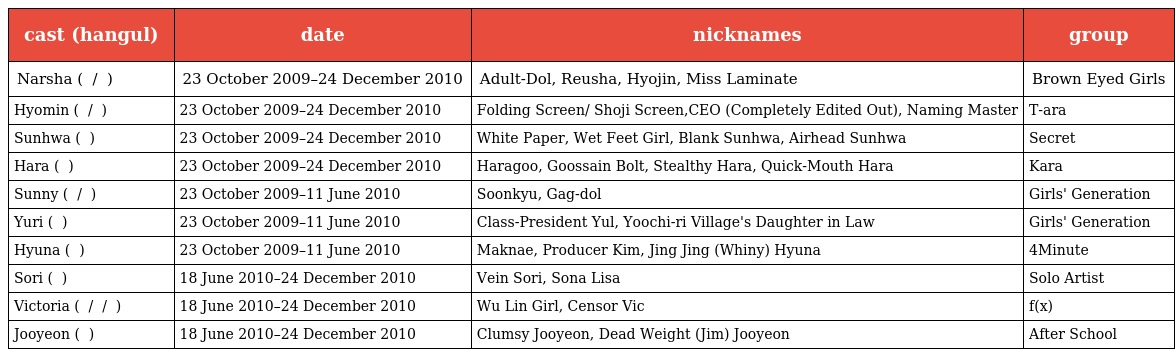
| cast (hangul) | date | nicknames | group |
 | --- | --- | --- | --- |
 | Narsha ( 나르샤 / 박효진 ) | 23 October 2009–24 December 2010 | Adult-Dol, Reusha, Hyojin, Miss Laminate | Brown Eyed Girls |
 | Hyomin ( 효민 / 박선영 ) | 23 October 2009–24 December 2010 | Folding Screen/ Shoji Screen,CEO (Completely Edited Out), Naming Master | T-ara |
 | Sunhwa ( 한선화 ) | 23 October 2009–24 December 2010 | White Paper, Wet Feet Girl, Blank Sunhwa, Airhead Sunhwa | Secret |
 | Hara ( 구하라 ) | 23 October 2009–24 December 2010 | Haragoo, Goossain Bolt, Stealthy Hara, Quick-Mouth Hara | Kara |
 | Sunny ( 써니 / 이순규 ) | 23 October 2009–11 June 2010 | Soonkyu, Gag-dol | Girls' Generation |
 | Yuri ( 권유리 ) | 23 October 2009–11 June 2010 | Class-President Yul, Yoochi-ri Village's Daughter in Law | Girls' Generation |
 | Hyuna ( 김현아 ) | 23 October 2009–11 June 2010 | Maknae, Producer Kim, Jing Jing (Whiny) Hyuna | 4Minute |
 | Sori ( 김소리 ) | 18 June 2010–24 December 2010 | Vein Sori, Sona Lisa | Solo Artist |
 | Victoria ( 빅토리아 / 송치엔 / 宋茜 ) | 18 June 2010–24 December 2010 | Wu Lin Girl, Censor Vic | f(x) |
 | Jooyeon ( 이주연 ) | 18 June 2010–24 December 2010 | Clumsy Jooyeon, Dead Weight (Jim) Jooyeon | After School |